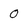
Character: 0